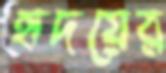
হৃদয়ের